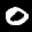
Label: 0